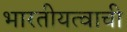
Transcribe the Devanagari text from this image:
भारतीयत्वाची